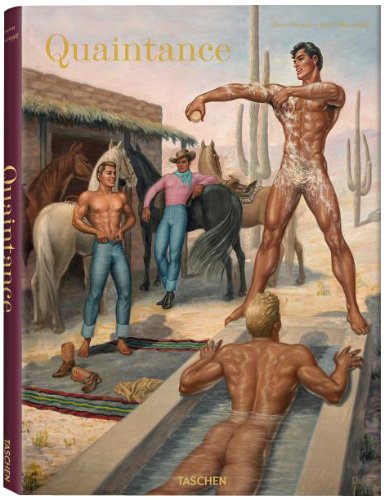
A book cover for Quaintance; Reed Massengill; Arts & Photography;